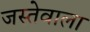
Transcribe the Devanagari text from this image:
जस्तेवाला